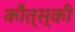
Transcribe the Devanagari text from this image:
कौत्स्की